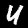
Label: 4